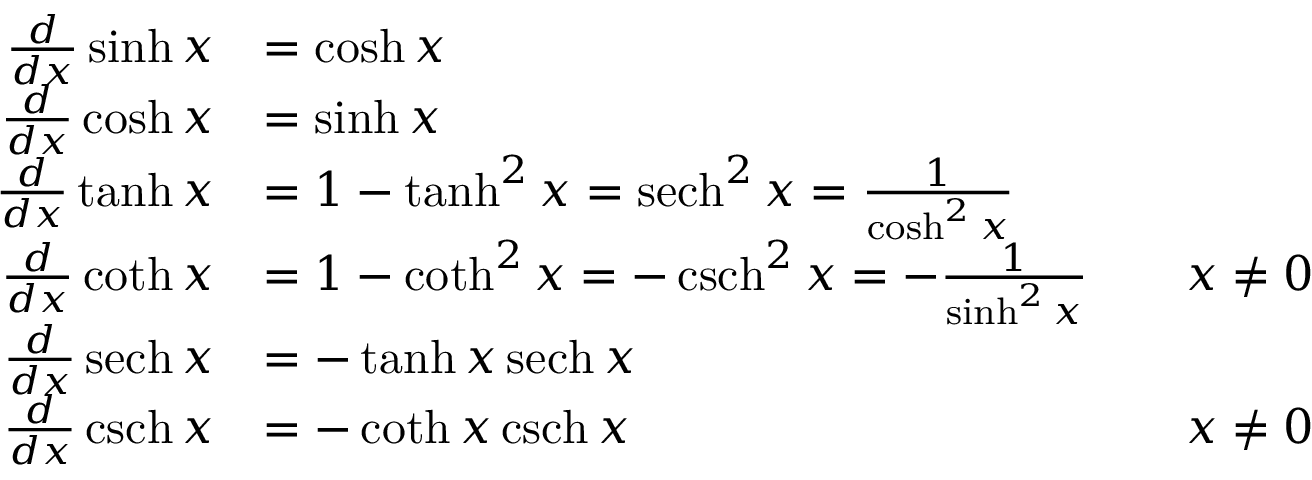
{ \begin{array} { r l r l } { { \frac { d } { d x } } \sinh x } & { = \cosh x } \\ { { \frac { d } { d x } } \cosh x } & { = \sinh x } \\ { { \frac { d } { d x } } \operatorname { t a n h } x } & { = 1 - \operatorname { t a n h } ^ { 2 } x = \operatorname { s e c h } ^ { 2 } x = { \frac { 1 } { \cosh ^ { 2 } x } } } \\ { { \frac { d } { d x } } \coth x } & { = 1 - \coth ^ { 2 } x = - \operatorname { c s c h } ^ { 2 } x = - { \frac { 1 } { \sinh ^ { 2 } x } } } & & { x \neq 0 } \\ { { \frac { d } { d x } } \operatorname { s e c h } x } & { = - \operatorname { t a n h } x \operatorname { s e c h } x } \\ { { \frac { d } { d x } } \operatorname { c s c h } x } & { = - \coth x \operatorname { c s c h } x } & & { x \neq 0 } \end{array} }